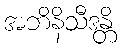
အဘိနိသီဒန္တိ